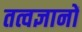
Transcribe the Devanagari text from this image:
तत्वज्ञानों